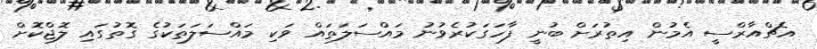
އެޗްއާރްސީ އެމުން އިތުރަށް ބުނީ ފާހަގަކުރެވުނު މައްސަލަތައް ވަކި މައްސަލަތަކުގެ ގޮތުގައި ލޮޖްކޮށް